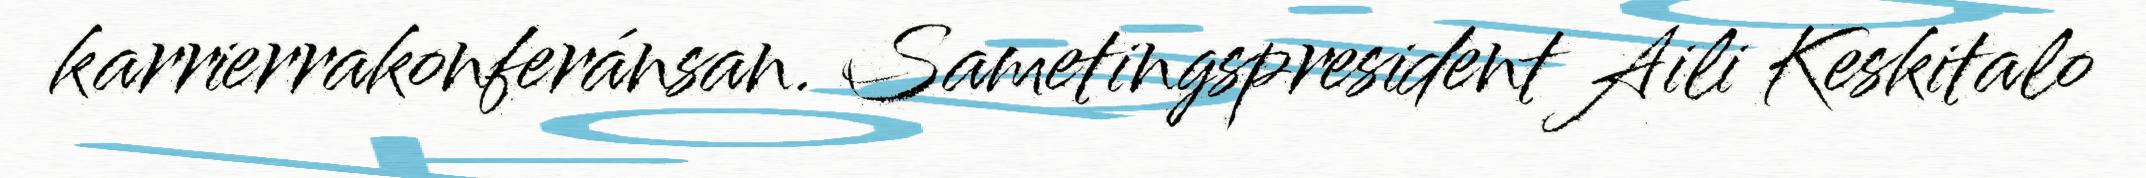
karrierrakonferánsan. Sametingspresident Aili Keskitalo